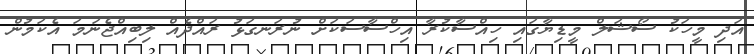
އަދި މީހަކު ސޯޝަލް މީޑިޔާގައި ހިއްސާކުރާ އިހްސާސަކަށް ނުރަނގަޅު ރައްދެއް ލިބިއްޖެނަމަ އެކަމުން